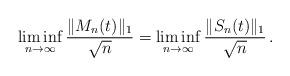
LaTeX: \begin{align*}\liminf_{n \rightarrow \infty} \frac{\|M_n(t)\|_1}{\sqrt n}=\liminf_{n \rightarrow \infty} \frac{\|S_n(t)\|_1}{\sqrt n} \, .\end{align*}